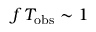
f \, T _ { \mathrm { o b s } } \sim 1